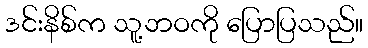
ဒင်းနိစ်က သူ့ဘဝကို ပြောပြသည်။